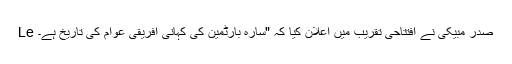
Le صدر مبیکی نے افتتاحی تقریب میں اعلان کیا کہ "سارہ بارٹمین کی کہانی افریقی عوام کی تاریخ ہے۔